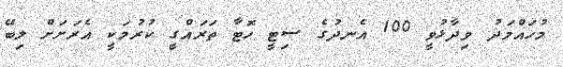
މުހައްމަދު ވިދާޅުވީ 100 އެނދުގެ ސިޓީ ހޮޓާ ތަރައްގީ ކުރުމަކީ އެރަށަށް ލިބޭ